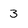
Character: 3